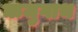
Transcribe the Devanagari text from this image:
ऋजुगाथ